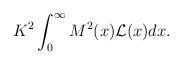
LaTeX: \begin{align*}K^2 \int_{0}^{\infty} M^2(x) {\cal L}(x) d x. \end{align*}